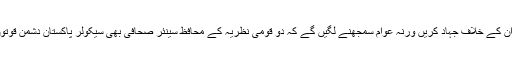
اس راستہ سے اگر حکمران ہٹ جائیں تو ان کے خلاف جہاد کریں ورنہ عوام سمجھنے لگیں گے کہ دو قومی نظریہ کے محافظ سینئر صحافی بھی سیکولر پاکستان دشمن قوتوں کے سامنے تھک ہار کر بیٹھ گئے ہیں۔